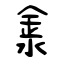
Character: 淾